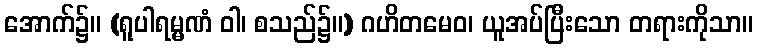
အောက်၌။ (ရူပါရမ္မဏံ ဝါ၊ စသည်၌။) ဂဟိတမေဝ၊ ယူအပ်ပြီးသော တရားကိုသာ။